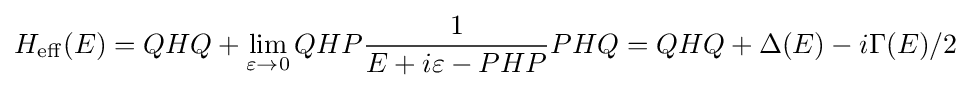
H_{\mathrm {eff} }(E)=QHQ+\lim _{\varepsilon \to 0}QHP{1 \over E+i\varepsilon -PHP}PHQ=QHQ+\Delta (E)-i\Gamma (E)/2